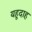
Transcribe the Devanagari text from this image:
यहूदाह